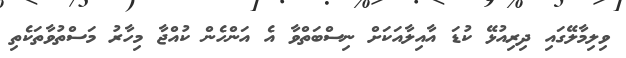
ވިލިމާލޭގައި ދިރިއުޅޭ ކުޑަ އާއިލާއަކަށް ނިސްބަތްވާ އެ އަންހެން ކުއްޖާ މިހާރު މަސްތުވާތަކެތި